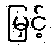
မြှင့်